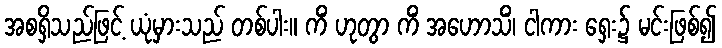
အစရှိသည်ဖြင့် ယုံမှားသည် တစ်ပါး။ ကိံ ဟုတွာ ကိံ အဟောသိံ၊ ငါကား ရှေး၌ မင်းဖြစ်၍